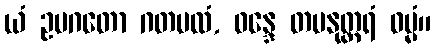
ယံ ဥပဂတော ဂတမလံ, ဝန္ဒေ တမနုတ္တရံ ဓမ္မံ။